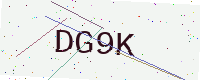
Text: DG9K